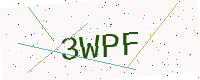
Text: 3WPF